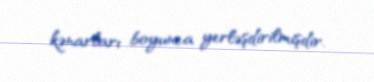
kənarları boyunca yerləşdirilmişdir.